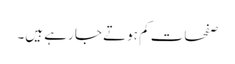
صفحات کم ہوتے جا رہے ہیں۔